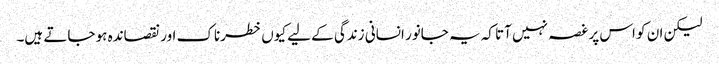
لیکن ان کو اس پر غصہ نہیں آتا کہ یہ جانور انسانی زندگی کے لیے کیوں خطرناک اور نقصاندہ ہو جاتے ہیں۔